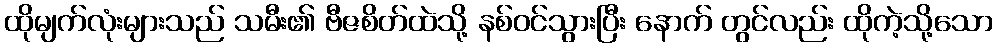
ထိုမျက်လုံးများသည် သမီး၏ ဗီဇစိတ်ထဲသို့ နစ်ဝင်သွားပြီး နောက် တွင်လည်း ထိုကဲ့သို့သော